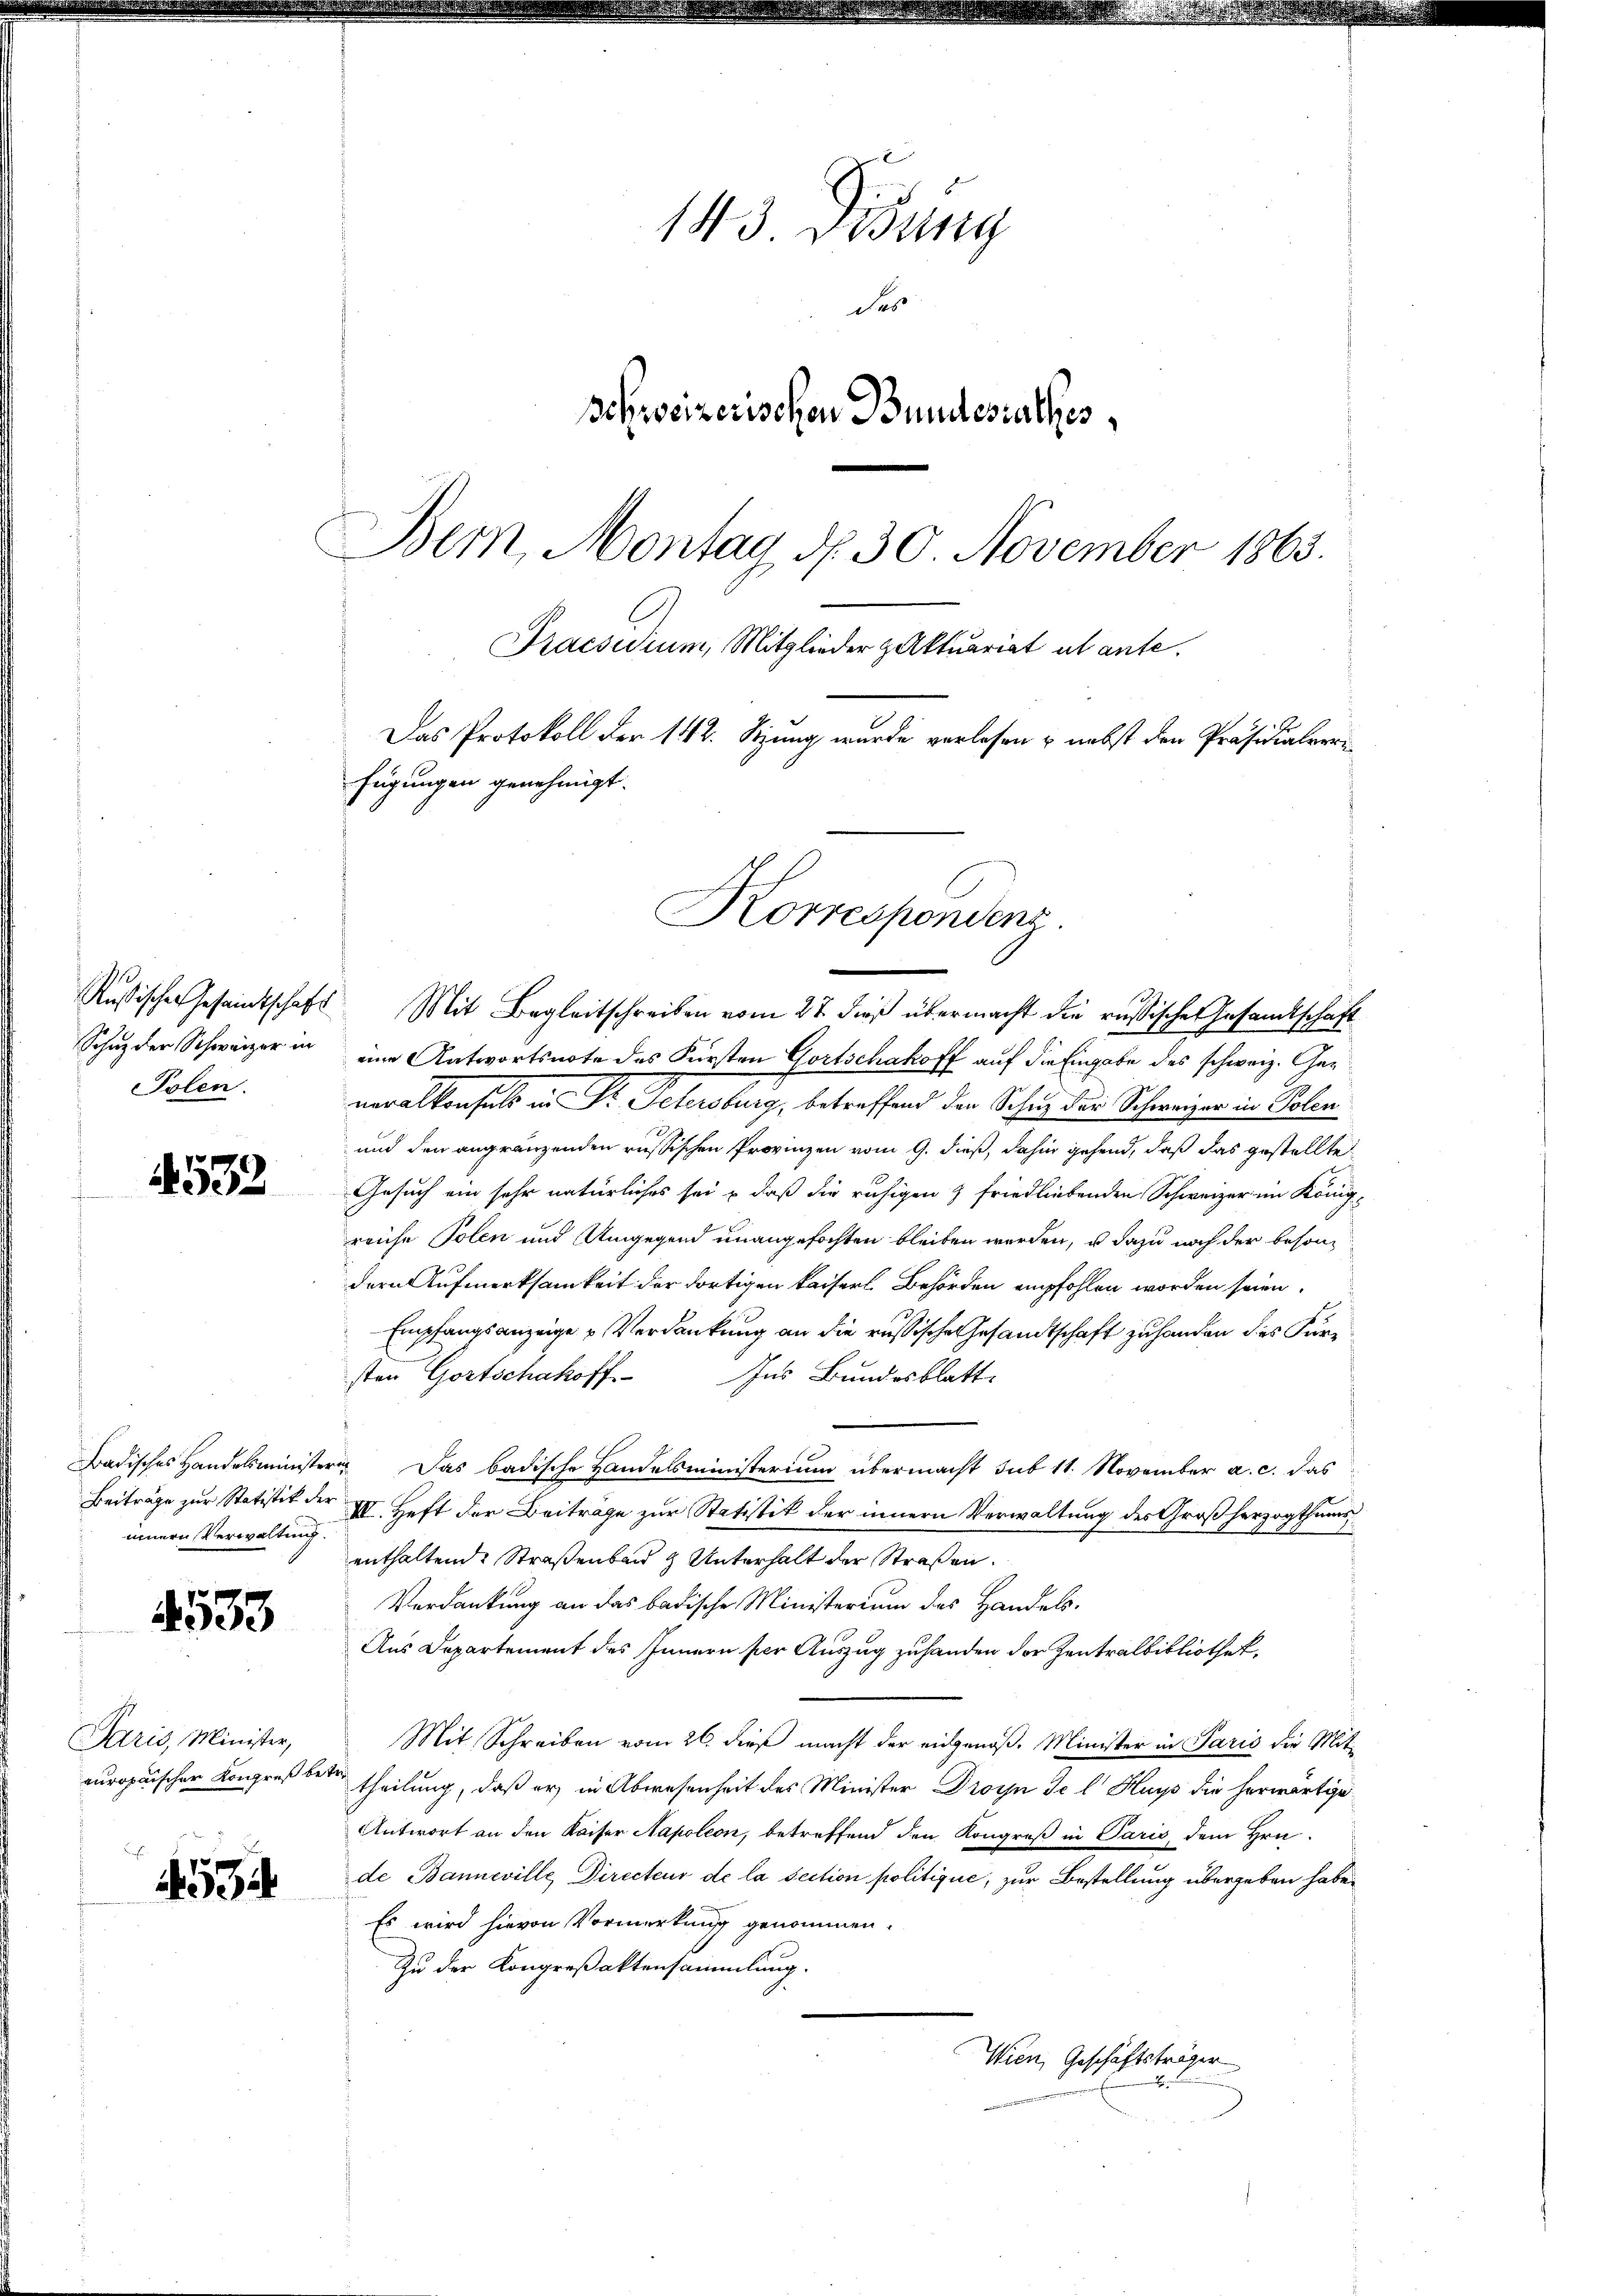
Schuz der Schweizer in
Polen.

4532

innern Verwaltung.

4533

Paris, Minister,
europaischer Kongreß be¬

1534

143. Visung
des
Dohweizerischen Bundesrathes
Bem, Montag d. 30. November 1863.
Praesidium, Mitglieder Aktuariat al ante.
Das Protokoll der 1112. Sitzung wurde verlesen u. nebst den Präsidialerrefügungen genehmigt.

Russischer Gesamtschaft Mit Begleitschreiben vom 27. dieß übermacht die russische Gesandtschaft
eine Antwortsnote des Fürsten Gortschakoff auf die Eingabe des schweiz. Generalkonsuls in Dr. Petersburg, betreffend den Schus der Schweizer in Polen
und den angränzenden russischen Provinzen vom 9. dieß, dahin gehend, daß das gestellte
Gesuch ein sehr natürliches sei – daß die ruhigen & friedliebenden Schweizer im König-
reiche Polen und Umgegend unangefochten bleiben werden, u dazu noch der besondern Aufmerksamkeit der dortigen Kaiserl. Behörden empfohlen worden seien.
Empfangsanzeige Verdankung an die russische Gesandtschaft zu handen des Fursten Gortschakoff. Ins Bundesblatt
Badisches Handelsministeren. Das badische Handelsministerium übermacht sub 11. November a. c. das
Beiträge zur Statistik der III. Heft der Beiträge zur Statistik der innern Verwaltung des Großherzogthums
enthaltende Straßenbau & Unterhalt der Straßen.
Verdankung an das badische Ministerium des Handels-
Aus Departement des Innern per Auszug zu handen der Zentralbibliothek,
Mit Schreiben vom 26. dieß macht der eidgenoß. Minister in Paris die Mitbe
theilung, daß er in Abwesenheit des Minister Droyn Se l Huys die herwärtige
Antwort an den Kaiser Napoleon, betreffend den Kongreß in Paris dem Hrn.
de Bannwille, Directeur de la section politique, zur Bestellung übergeben habe.
Es wird hievon Vormerkung genommen.
Zu der Kongreßaktensammlung.
Wien, Geschäftsträger

Korrespondenz.